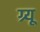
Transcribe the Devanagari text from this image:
ग्र्यू